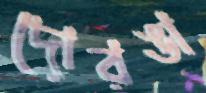
দোরঙা